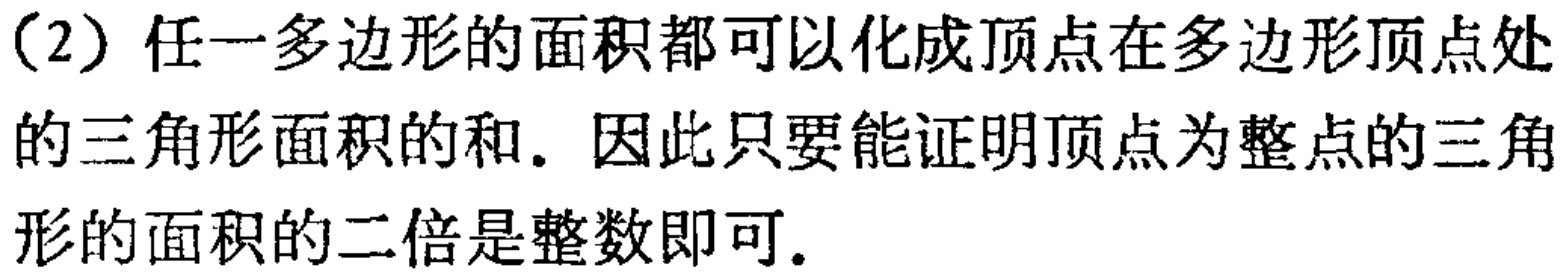
（2）任一多边形的面积都可以化成顶点在多边形顶点处的三角形面积的和. 因此只要能证明顶点为整点的三角形的面积的二倍是整数即可.